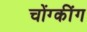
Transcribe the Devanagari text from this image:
चोंग्कींग